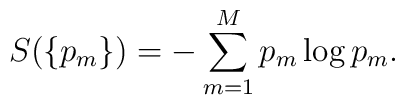
S(\{p_m\}) = -\sum_{m=1}^M p_m \log p_m.